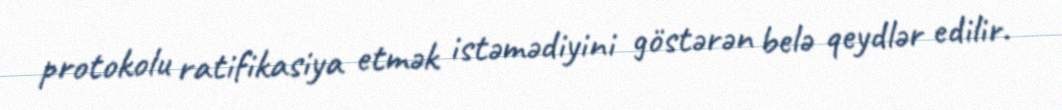
protokolu ratifikasiya etmək istəmədiyini göstərən belə qeydlər edilir.